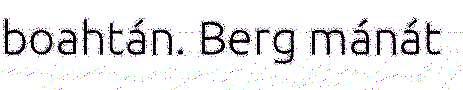
boahtán. Berg mánát